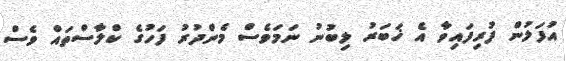
އުފަލުން ފުރިފައިވާ އެ ޚަބަރު ލިބުނު ނަމަވެސް މެންދުރު ފަހުގެ ކްލާސްތައް ވެސް